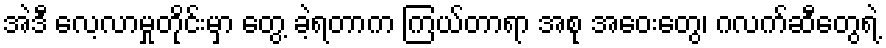
အဲဒီ လေ့လာမှုတိုင်းမှာ တွေ့ ခဲ့ရတာက ကြယ်တာရာ အစု အဝေးတွေ၊ ဂလက်ဆီတွေရဲ့